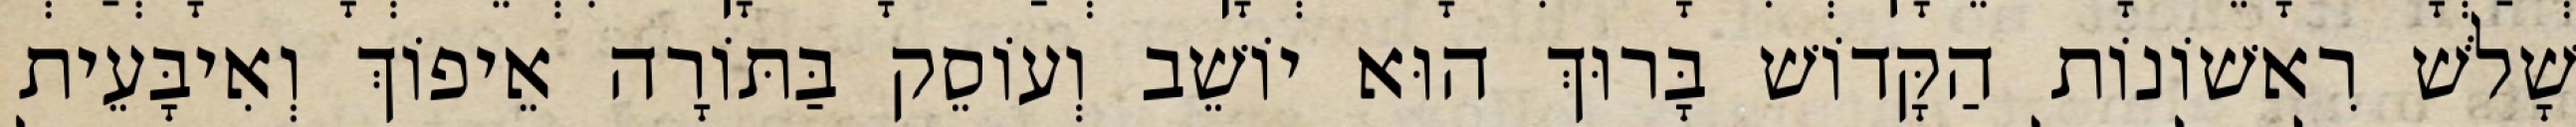
שָׁלֹשׁ רִאשׁוֹנוֹת הַקָּדוֹשׁ בָּרוּךְ הוּא יוֹשֵׁב וְעוֹסֵק בַּתּוֹרָה אֵיפוֹךְ וְאִיבָּעֵית